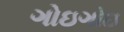
ગોઇગોઇ